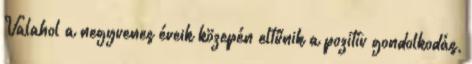
Valahol a negyvenes éveik közepén eltűnik a pozitív gondolkodás,